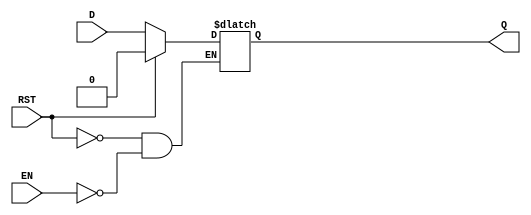
module async_register (
    input wire D,      // Data input
    input wire EN,     // Enable signal
    input wire RST,    // Reset signal
    output reg Q       // Data output
);

    // Asynchronous behavior for the reset and enable
    always @(*) begin
        if (RST) begin
            Q <= 1'b0; // Asynchronously reset Q to 0
        end else if (EN) begin
            Q <= D;    // Capture D when EN is high
        end
        // If RST is low and EN is low, Q retains its previous value (no action)
    end

endmodule